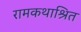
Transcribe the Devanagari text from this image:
रामकथाश्रित